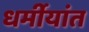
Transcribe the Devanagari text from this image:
धर्मीयांत